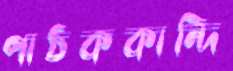
পাঠককান্দি